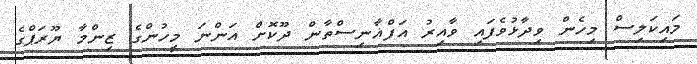
މައިކަލިސް މިހެން ވިދާޅުވެފައި ވާއިރު އަފްޣާނިސްތާން ދޫކޮށް އަންނަ މީހުންގެ ޒިންމާ ޔޫރަޕްގެ